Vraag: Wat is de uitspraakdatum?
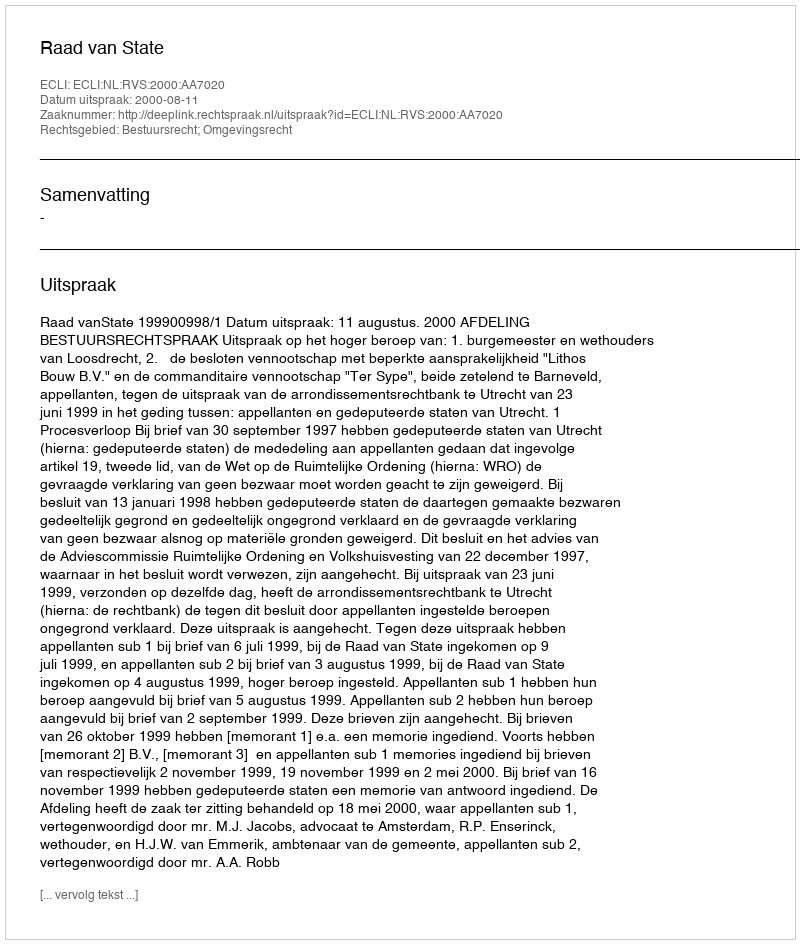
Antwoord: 2000-08-11